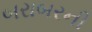
બરાબરની